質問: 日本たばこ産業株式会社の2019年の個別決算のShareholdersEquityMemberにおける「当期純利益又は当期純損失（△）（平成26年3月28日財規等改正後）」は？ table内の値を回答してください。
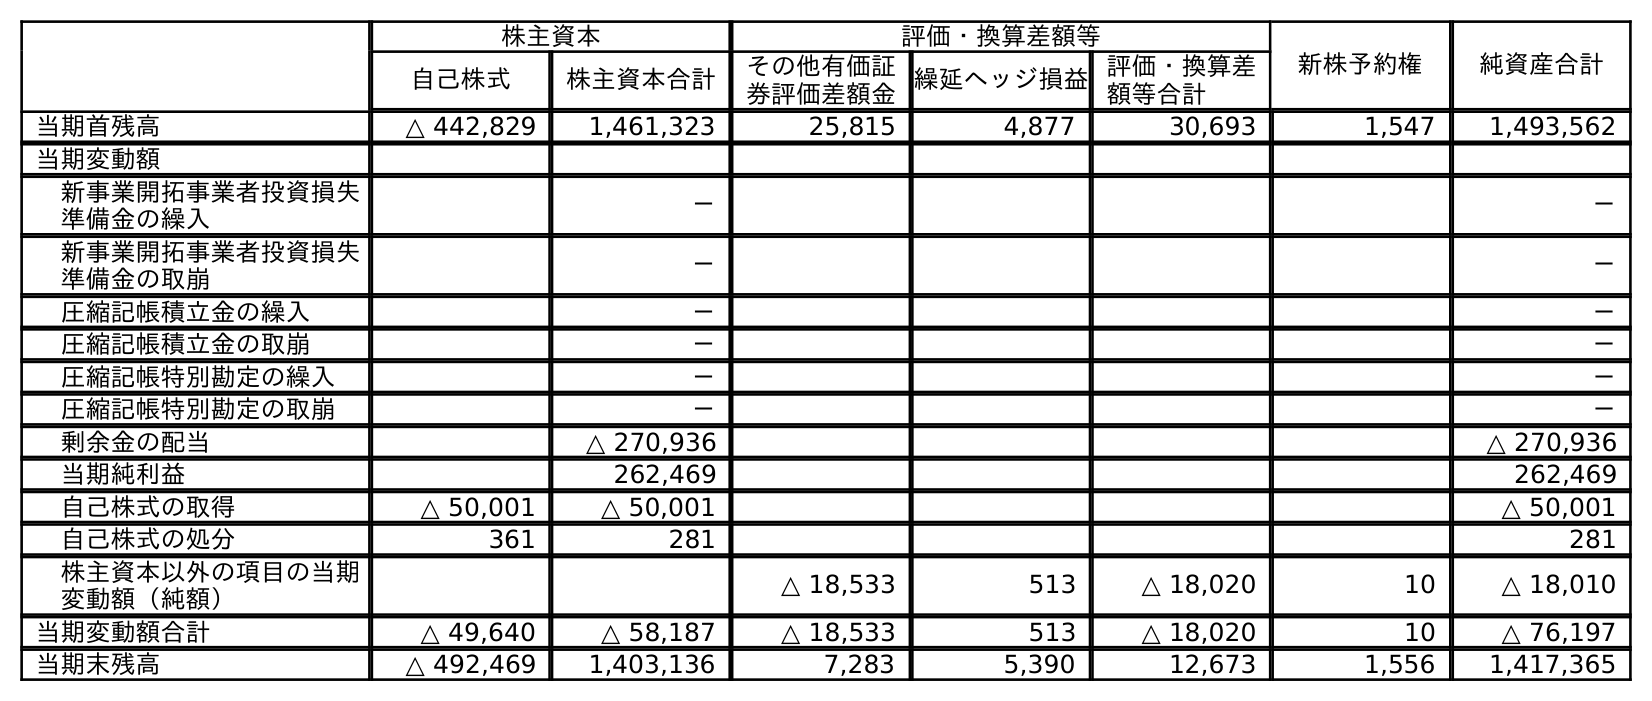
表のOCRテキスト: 株主資本 評価・換算差額等 新株予約権 純資産合計 自己株式 株主資本合計 その他有価証 券評価差額金繰延ヘッジ損益評価・換算差 額等合計 当期首残高 △ 442,829 1,461,323 25,815 4,877 30,693 1,547 1,493,562 当期変動額 新事業開拓事業者投資損失 準備金の繰入 － － 新事業開拓事業者投資損失 準備金の取崩 － － 圧縮記帳積立金の繰入 － － 圧縮記帳積立金の取崩 － － 圧縮記帳特別勘定の繰入 － － 圧縮記帳特別勘定の取崩 － － 剰余金の配当 △ 270,936 △ 270,936 当期純利益 262,469 262,469 自己株式の取得 △ 50,001 △ 50,001 △ 50,001 自己株式の処分 361 281 281 株主資本以外の項目の当期 変動額（純額） △ 18,533 513 △ 18,020 10 △ 18,010 当期変動額合計 △ 49,640 △ 58,187 △ 18,533 513 △ 18,020 10 △ 76,197 当期末残高 △ 492,469 1,403,136 7,283 5,390 12,673 1,556 1,417,365
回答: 262,469